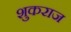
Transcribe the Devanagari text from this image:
शुकराज